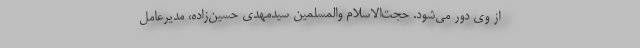
از وی دور می‌شود. حجت‌الاسلام والمسلمین سیدمهدی حسین‌زاده، مدیرعامل